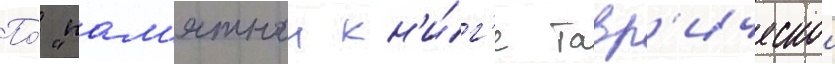
По́ "пам'ятнои кн'и́г'е тавр'ическои